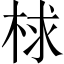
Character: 梂